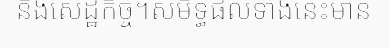
និងសេដ្ឋកិច្ច។សមិទ្ធផលទាំងនេះមាន